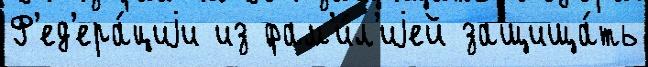
Ф'ед'ера́циjи из фам'и́л'иjей защища́ть